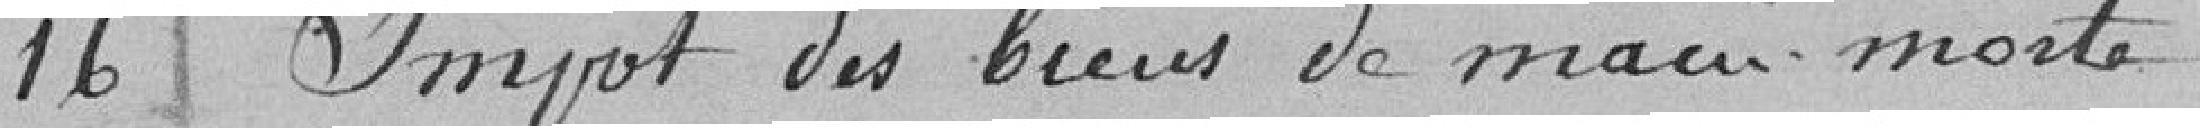
16 Import des biens de main morte